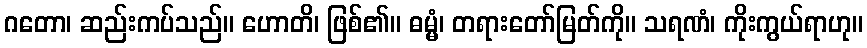
ဂတော၊ ဆည်းကပ်သည်။ ဟောတိ၊ ဖြစ်၏။ ဓမ္မံ၊ တရားတော်မြတ်ကို။ သရဏံ၊ ကိုးကွယ်ရာဟု။